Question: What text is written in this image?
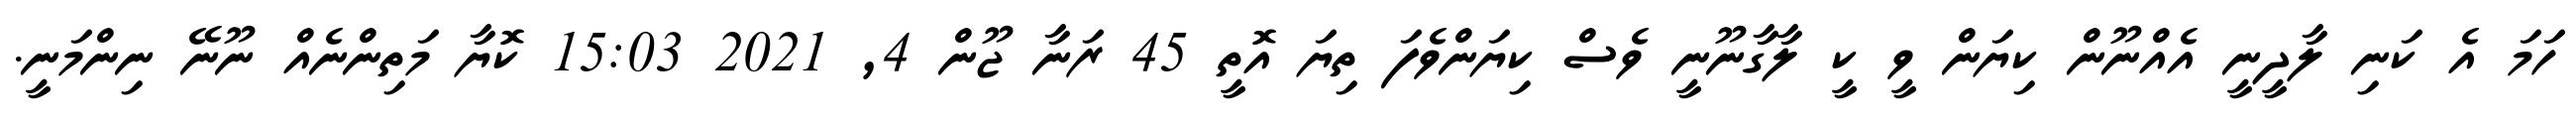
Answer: ހަމަ އެ ކަނި ލާދީނީ އެއްނޫން ކިޔަން ވީ ކީ ލާގާނޫނީ ވެސް ކިޔަންވެފަ ތިޔަ އޮތީ 45 ރަނާ ޖޫން 4, 2021 15:03 ކޮޔާ މަތިންނެއް ނޫނޭ ނިންމަނީ.